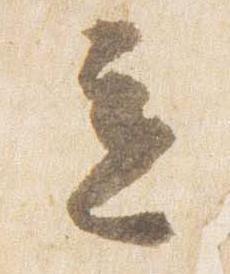
立